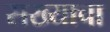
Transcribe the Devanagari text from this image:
सख्याचा